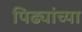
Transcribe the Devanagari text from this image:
पिढ्यांच्‍या